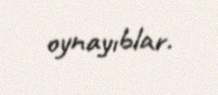
oynayıblar.